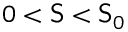
0 < \mathsf { S } < \mathsf { S } _ { 0 }